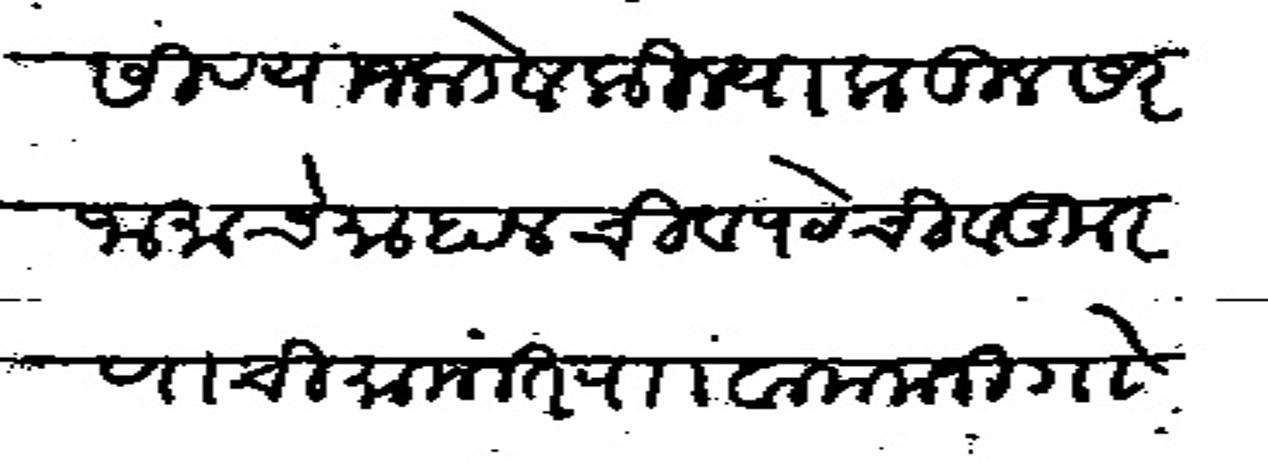
Transliteration (Devanagari): सदासिव याजकडे व किल्याकडील सरजामाचे माहालची व पेठची व कुरणाचीमामलत रा वामनाजी गोविंद